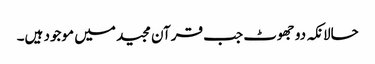
حالانکہ دو جھوٹ جب قرآن مجید میں موجود ہیں۔